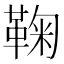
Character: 鞠